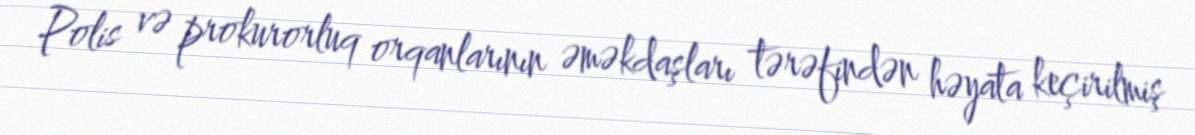
Polis və prokurorluq orqanlarının əməkdaşları tərəfindən həyata keçirilmiş